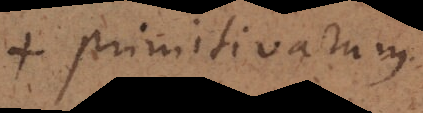
+ primitivarum